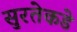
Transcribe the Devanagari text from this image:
सुरतेकडे